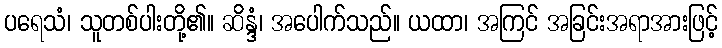
ပရေသံ၊ သူတစ်ပါးတို့၏။ ဆိန္ဒံ၊ အပေါက်သည်။ ယထာ၊ အကြင် အခြင်းအရာအားဖြင့်